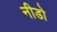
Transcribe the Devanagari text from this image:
नीडो